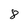
Character: 8